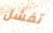
تفشل